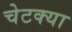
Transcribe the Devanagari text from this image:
चेटक्या